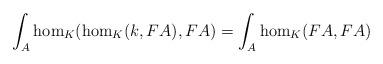
LaTeX: \begin{align*}\int_A \hom_K(\hom_K(k,FA),FA) = \int_A \hom_K(FA,FA)\end{align*}